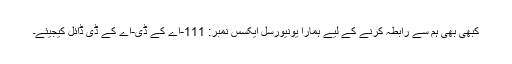
کبھی بھی ہم سے رابطہ کرنے کے لیے ہمارا یونیورسل ایکسس نمبر: 111-اے کے ڈی-اے کے ڈی ڈائل کیجیئے۔